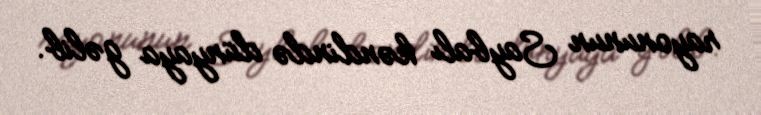
rayonunun Saybalı kəndində dünyaya gəlib.